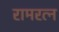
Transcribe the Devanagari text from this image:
रामरत्‍न